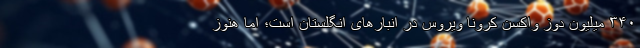
۳۴۰ میلیون دوز واکسن کرونا ویروس در انبارهای انگلستان است؛ اما هنوز